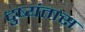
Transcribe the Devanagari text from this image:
दुष्यंतास